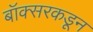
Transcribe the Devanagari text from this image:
बॉक्सरकडून